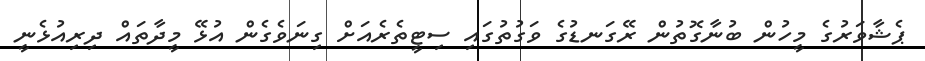
ޕެޝާވަރުގެ މީހުން ބުނާގޮތުން ރޭގަނޑުގެ ވަގުތުގައި ސިޓީތެރެއަށް ގިނަވެގެން އުޅޭ މީދާތައް ދިރިއުޅެނީ